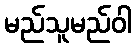
မည်သူမည်ဝါ